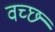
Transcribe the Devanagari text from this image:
वच्छ